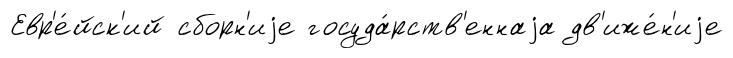
Евр'е́йск'ий сборн'иjе госуда́рств'еннаjа дв'иже́н'иjе